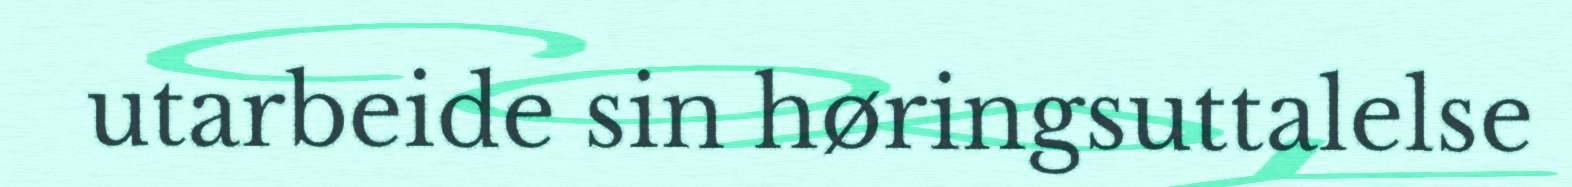
utarbeide sin høringsuttalelse